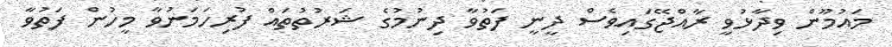
މައުމޫން ވިދާޅުވީ ރާއްޖޭގައިވެސް ދީނީ ފަތުވާ ދިނުމުގެ ޝަރުތުތައް ފުރިހަމަނުވާ މީހުން ފަތުވާ